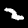
Digit: 2